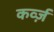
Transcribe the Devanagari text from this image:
कर्व्ज़